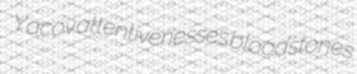
Yacov attentivenesses bloodstones